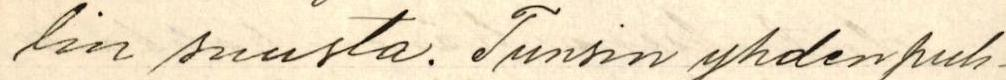
lin suusta. Tunsin yhden puh-